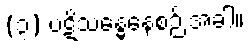
(၃) ပဋိသန္ဓေနေစဉ် အခါ။